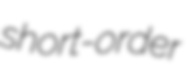
short-order